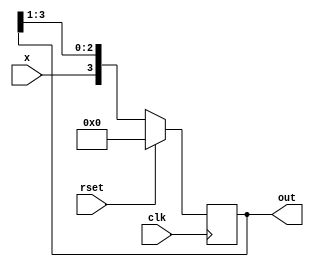
module rsreg (clk,rset,x,out);
    input wire clk;
    input wire rset;
    input wire x;
    output reg [3:0] out;
    
    always @(posedge clk) begin
        if (rset) begin
            out<= 4'b0000;
        end 
        else begin
             out<= 4'b0001;
            out<= {x,out[3:1]};
        end
    end

endmodule